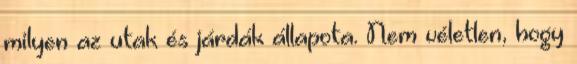
milyen az utak és járdák állapota. Nem véletlen, hogy